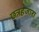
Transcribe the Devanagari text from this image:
छत्रहजारा